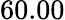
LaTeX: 60.00